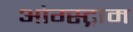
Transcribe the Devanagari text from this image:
आंग्स्ट्राम